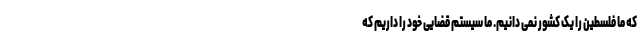
که ما فلسطین را یک کشور نمی دانیم. ما سیستم قضایی خود را داریم که